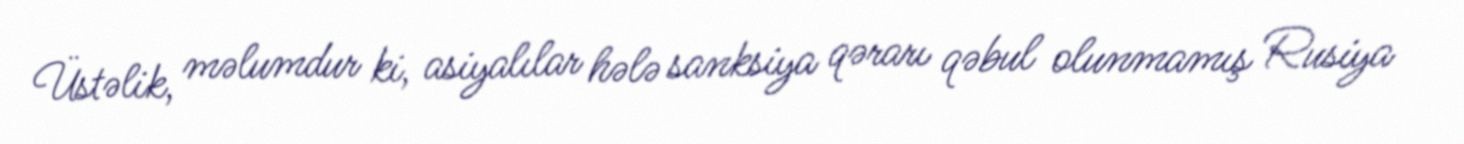
Üstəlik, məlumdur ki, asiyalılar hələ sanksiya qərarı qəbul olunmamış Rusiya